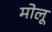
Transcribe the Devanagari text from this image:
मोलू